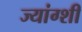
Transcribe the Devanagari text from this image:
ज्यांग्शी